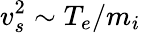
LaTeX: v_{s}^{2}\sim T_{e}/m_{i}